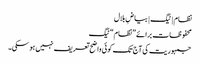
نظام | ٹیگ | بیاضِ بلال
محفوظات برائے ”نظام“ ٹیگ
جمہوریت کی آج تک کوئی واضح تعریف نہیں ہو سکی۔